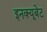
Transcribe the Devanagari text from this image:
इनक्यूबेट